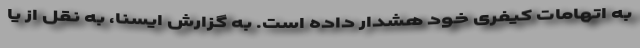
به اتهامات کیفری خود هشدار داده است. به گزارش ایسنا، به نقل از یا